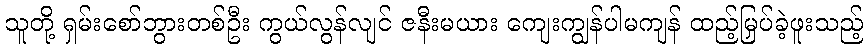
သူတို့ ရှမ်းစော်ဘွားတစ်ဦး ကွယ်လွန်လျင် ဇနီးမယား ကျေးကျွန်ပါမကျန် ထည့်မြှပ်ခဲ့ဖူးသည့်